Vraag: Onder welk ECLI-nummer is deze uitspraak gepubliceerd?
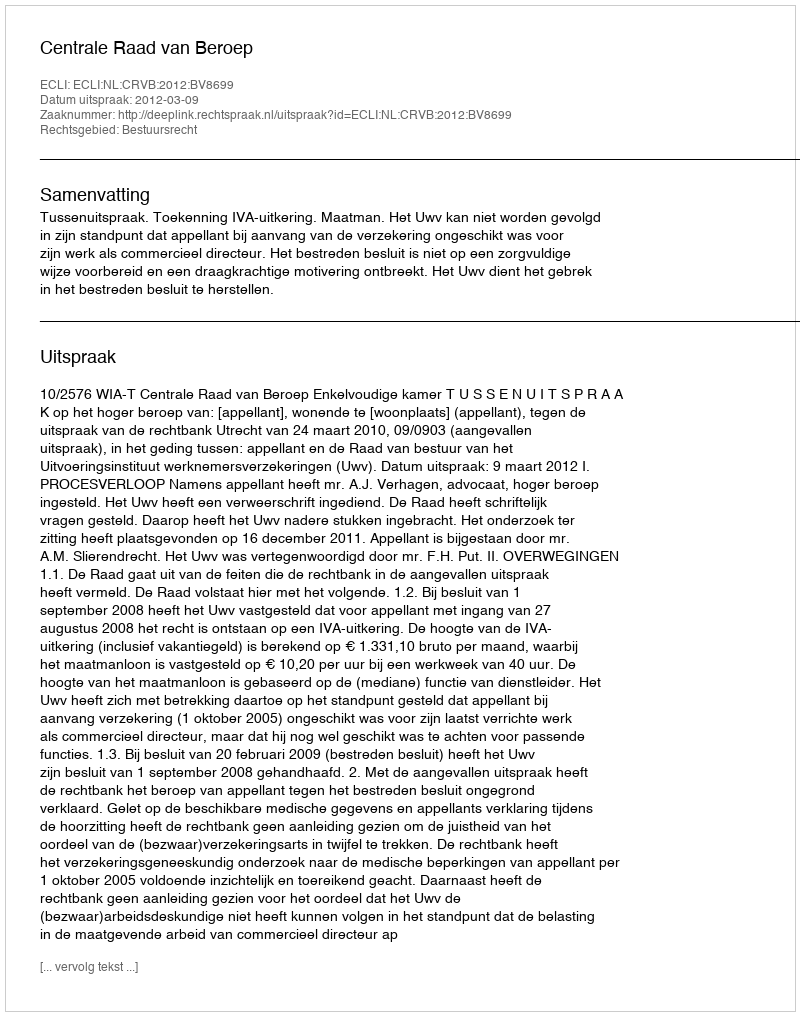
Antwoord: ECLI:NL:CRVB:2012:BV8699